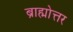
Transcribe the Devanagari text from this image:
ब्राह्मोत्तर